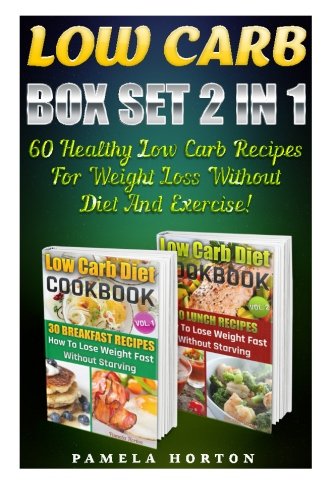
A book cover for Low Carb BOX SET 2 IN 1: 60 Healthy Low Carb Recipes For Weight Loss Without Diet And Exercise!: (high protein, low carb diet books, low carb, low ... Cookbook, Low Carb High Fat Diet) (Volume 5); Pamela Horton; Cookbooks, Food & Wine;